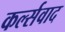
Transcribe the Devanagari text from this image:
कर्ल्सवाद